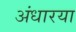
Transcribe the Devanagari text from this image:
अंधारया